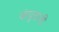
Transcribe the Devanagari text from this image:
कंपुतली